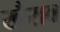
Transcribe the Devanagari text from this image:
खैराव